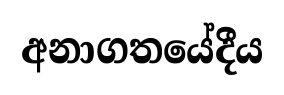
අනාගතයේදීය